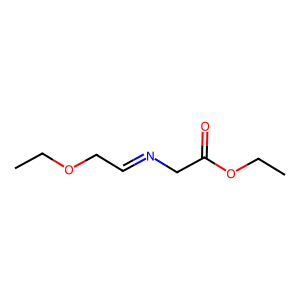
SMILES: CCOCC=NCC(=O)OCC
Inhibits HIV replication: No